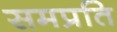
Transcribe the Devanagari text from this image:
समप्रति